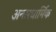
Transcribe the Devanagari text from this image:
अन्तरधार्मिक